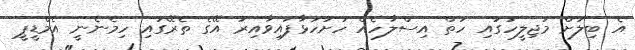
އެ ބިލަށް މަޖިލީހުގައި ހަތް އިސްލާހެއް ހުށަހަޅާފައިވާއިރު އޭގެ ތެރޭގައި ހިމެނެނީ އެމްޑީޕީ